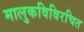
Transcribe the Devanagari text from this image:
मालुकविविरचित